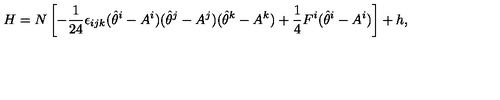
H = N \left[ - \frac { 1 } { 2 4 } \epsilon _ { i j k } ( \hat { \theta } ^ { i } - A ^ { i } ) ( \hat { \theta } ^ { j } - A ^ { j } ) ( \hat { \theta } ^ { k } - A ^ { k } ) + \frac { 1 } { 4 } F ^ { i } ( \hat { \theta } ^ { i } - A ^ { i } ) \right] + h ,